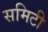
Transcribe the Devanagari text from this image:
समिटी